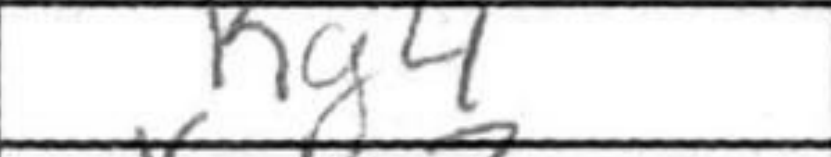
Transcription: Kg4